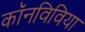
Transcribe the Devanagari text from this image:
कॉनविविया